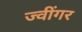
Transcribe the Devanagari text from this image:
ज्वींगर